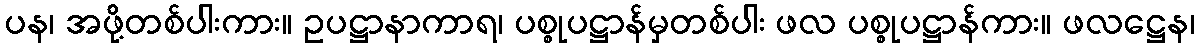
ပန၊ အဖို့တစ်ပါးကား။ ဥပဋ္ဌာနာကာရ၊ ပစ္စုပဋ္ဌာန်မှတစ်ပါး ဖလ ပစ္စုပဋ္ဌာန်ကား။ ဖလဋ္ဌေန၊